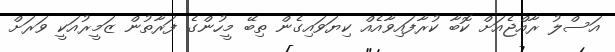
އަސްލު ރާއްޖެއަށް ކޮބާ ކުރާފައިވާއެއް ކިޔަވައިގެން ތިބޭ މީހުންގެ ފަރާތުން ޒަމީރުއަކީ ވަރަށް